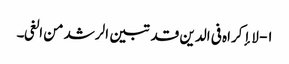
۱- لا إکراہ فی الدین قد تبین الرشد من الغی۔